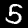
Label: 5